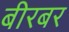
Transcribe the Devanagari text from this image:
बीरबर